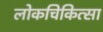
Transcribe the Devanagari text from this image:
लोकचिकित्सा